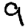
Digit: 9